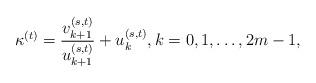
LaTeX: \begin{align*}\kappa^{(t)}=\frac{v_{k+1}^{(s,t)}}{u_{k+1}^{(s,t)}}+u_{k}^{(s,t)},k=0,1,\dots,2m-1,\end{align*}